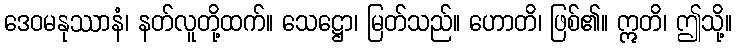
ဒေဝမနုဿာနံ၊ နတ်လူတို့ထက်။ သေဋ္ဌော၊ မြတ်သည်။ ဟောတိ၊ ဖြစ်၏။ ဣတိ၊ ဤသို့။